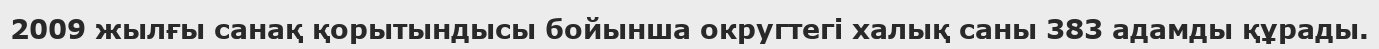
2009 жылғы санақ қорытындысы бойынша округтегі халық саны 383 адамды құрады.